Supplement to the account of plague administration in the Bombay Presidency from September 1896 till May 1897
Year: 1896
Disease focus: Plague
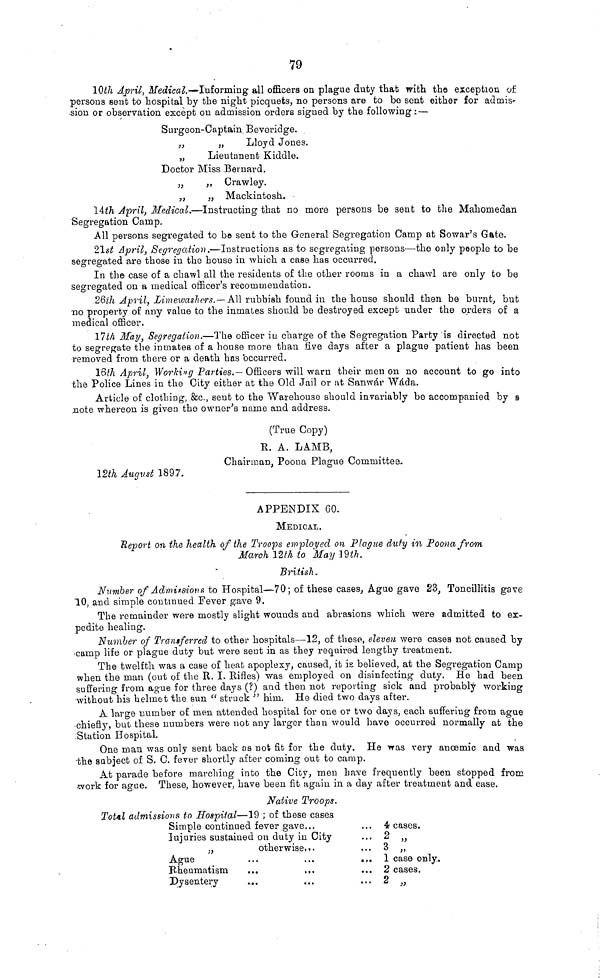
79
10th April, Medical.—Informing all officers on plague duty that with the exception of
persons sent to hospital by the night picquets, no persons are to be sent either for admis-
sion or observation except on admission orders signed by the following : —
Surgeon-Captain Beveridge.
,,
„
Lloyd Jones.
„
Lieutanent Kiddle.
Doctor Miss Bernard.
„
,, Crawley.
„
„ Mackintosh.
14th April, Medical.—Instructing that no more persons be sent to the Mahomedan
Segregation Camp.
All persons segregated to bo sent to the General Segregation Camp at Sowar's Gate.
21st April, Segregation.—Instructions as to segregating persons—the only people to be
segregated are those in the house in which a case has occurred.
In the case of a chawl all the residents of the other rooms in a chawl are only to be
segregated on a medical officer's recommendation.
26th April, Limewashers.— All rubbish found in the house should then be burnt, but
no property of any value to the inmates should be destroyed except under the orders of a
medical officer.
17th May, Segregation.—The officer in charge of the Segregation Party is directed not
to segregate the inmates of a house move than five days after a plague patient has been
removed from there or a death has occurred.
16th April, Working Parties.— Officers will warn their men on no account to go into
the Police Lines in the City either at the Old Jail or at Sanwár Wáda.
Article of clothing, &c., sent to the Warehouse should invariably be accompanied by
note whereon is given the owner's name and address.
(True Copy)
R. A. LAMB,
Chairman, Poona Plague Committee.
12th August 1897.
APPENDIX GO.
MEDICAL.
Report on the health of the Troops employed on Plague duty in Poona from
March 12th to May 19th.
British.
Number of Admissions to Hospital—70; of these cases, Ague gave 23, Toncillitis gave
10, and simple continued Fever gave 9.
The remainder were mostly slight wounds and abrasions which were admitted to ex-
pedite healing.
Number of Transferred to other hospitals—12, of these, eleven were cases not caused by
camp life or plague duty but were sent in as they required lengthy treatment.
The twelfth was a case of heat apoplexy, caused, it is believed, at the Segregation Camp
when the man (out of the R. I. Rifles) was employed on disinfecting duty. He had been
suffering from ague for three days (?) and then not reporting sick and probably working
without his helmet the sun " struck " him. He died two days after.
A large number of men attended hospital for one or two days, each suffering from ague
chiefly, but these numbers were not any larger than would have occurred normally at the
Station Hospital.
One man was only sent back as not fit for the duty. He was very anœmic and was
the subject of S. C. fever shortly after coming out to camp.
At parade before marching into the City, men have frequently been stopped from
work for ague. These, however, have been fit again in a day after treatment and ease.
Native Troops.
Total admissions to Hospital—19 ; of these cases
Simple continued fever gave...
... 4 cases.
lujuries sustained on duty in City
... 2 ,,
„
otherwise...
... 3 ,,
Ague
...
...
...
1 case only.
Rheumatism
...
...
... 2 cases.
Dysentery
...
...
2 ,,